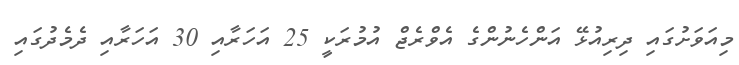
މިއަވަށުގައި ދިރިއުޅޭ އަންހެނުންގެ އެވްރެޖް އުމުރަކީ 25 އަހަރާއި 30 އަހަރާއި ދެމެދުގައި